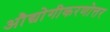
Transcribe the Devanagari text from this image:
औद्योगीकरणोत्तर